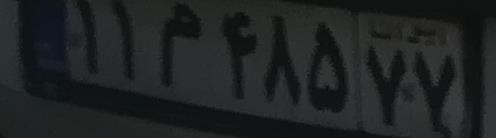
۱۱م۴۸۵۷۷